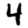
Digit: 4